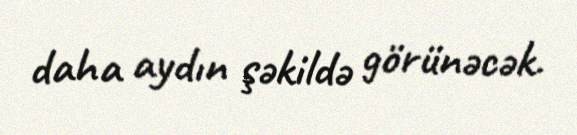
daha aydın şəkildə görünəcək.